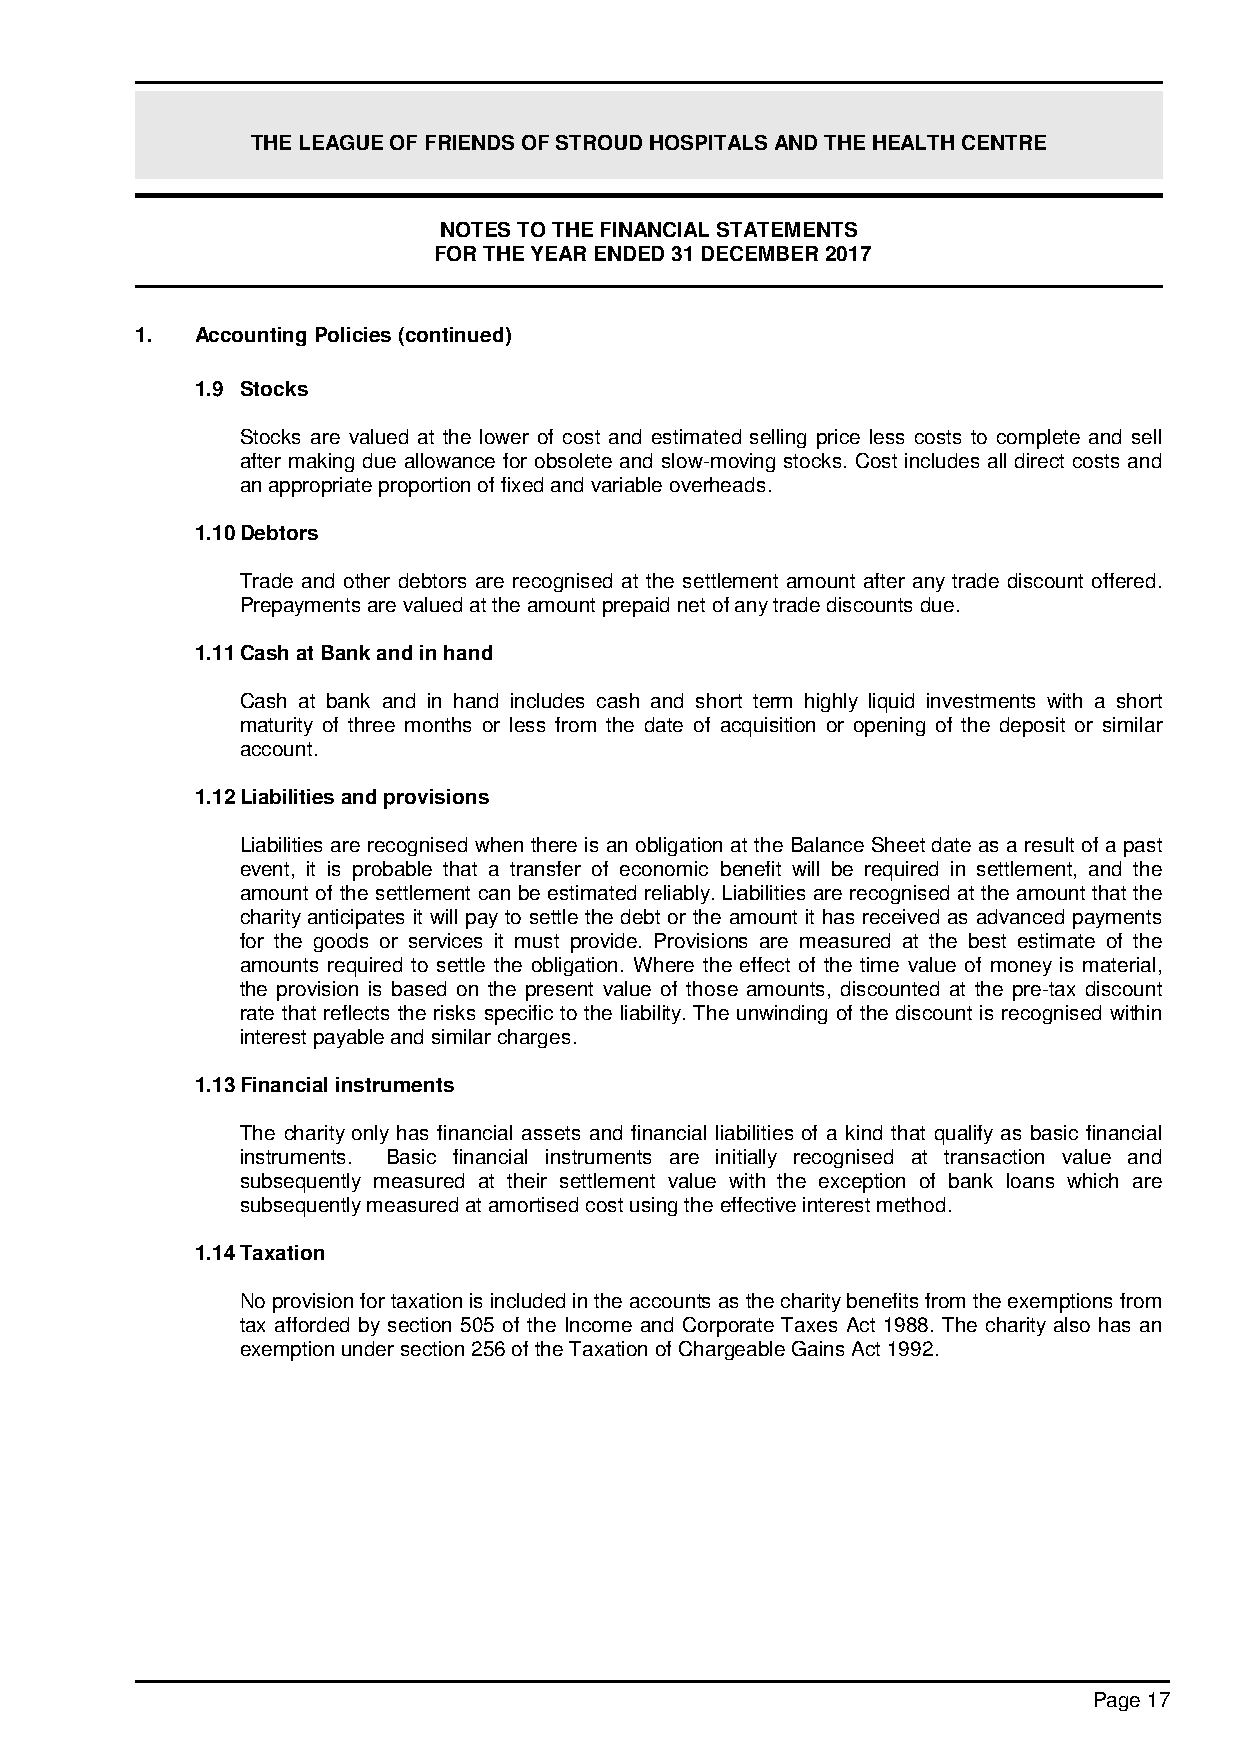
THE LEAGUE OF FRIENDS OF STROUD HOSPITALS AND THE HEALTH CENTRE
 NOTES TO THE FINANCIAL STATEMENTS
 FOR THE YEAR ENDED 31 DECEMBER 2017
 1.  Accounting Policies (continued)
 1.9 Stocks
 Stocks are valued at the lower of cost and estimated selling price less costs to complete and sell
 after making due allowance for obsolete and slow-moving stocks. Cost includes all direct costs and
 an appropriate proportion of fixed and variable overheads.
 1.10Debtors
 Trade and other debtors are recognised at the settlement amount after any trade discount offered.
 Prepayments are valued at the amount prepaid net of any trade discounts due.
 1.11Cash at Bank and in hand
 Cash at bank and in hand includes cash and short term highly liquid investments with a short
 maturity of three months or less from the date of acquisition or opening of the deposit or similar
 account.
 1.12Liabilities and provisions
 Liabilities are recognised when there is an obligation at the Balance Sheet date as a result of a past
 event, it is probable that a transfer of economic benefit will be required in settlement, and the
 amount of the settlement can be estimated reliably. Liabilities are recognised at the amount that the
 charity anticipates it will pay to settle the debt or the amount it has received as advanced payments
 for the goods or services it must provide. Provisions are measured at the best estimate of the
 amounts required to settle the obligation. Where the effect of the time value of money is material,
 the provision is based on the present value of those amounts, discounted at the pre-tax discount
 rate that reflects the risks specific to the liability. The unwinding of the discount is recognised within
 interest payable and similar charges.
 1.13Financial instruments
 The charity only has financial assets and financial liabilities of a kind that qualify as basic financial
 instruments. Basic financial instruments are initially recognised at transaction value and
 subsequently measured at their settlement value with the exception of bank loans which are
 subsequently measured at amortised cost using the effective interest method.
 1.14Taxation
 No provision for taxation is included in the accounts as the charity benefits from the exemptions from
 tax afforded by section 505 of the Income and Corporate Taxes Act 1988. The charity also has an
 exemption under section 256 of the Taxation of Chargeable Gains Act 1992.
 Page 17